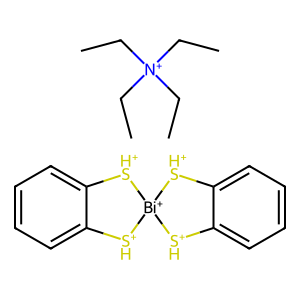
SMILES: CC[N+](CC)(CC)CC.c1ccc2c(c1)[SH+][Bi+]1([SH+]2)[SH+]c2ccccc2[SH+]1
Inhibits HIV replication: No